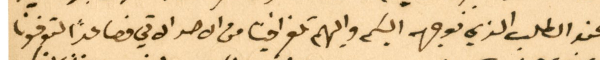
عند الطلب الذي نوجهه اليكم واليهم تلغرافيًا من الاحد الاتي فصاعدًا لتوفونا